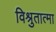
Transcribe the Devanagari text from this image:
विश्रुतात्मा